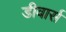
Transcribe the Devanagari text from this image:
डीवार्स